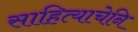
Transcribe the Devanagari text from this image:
साहित्याचेनि